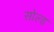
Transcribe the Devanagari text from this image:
सोल्‍ड